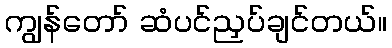
ကျွန်တော် ဆံပင်ညှပ်ချင်တယ်။